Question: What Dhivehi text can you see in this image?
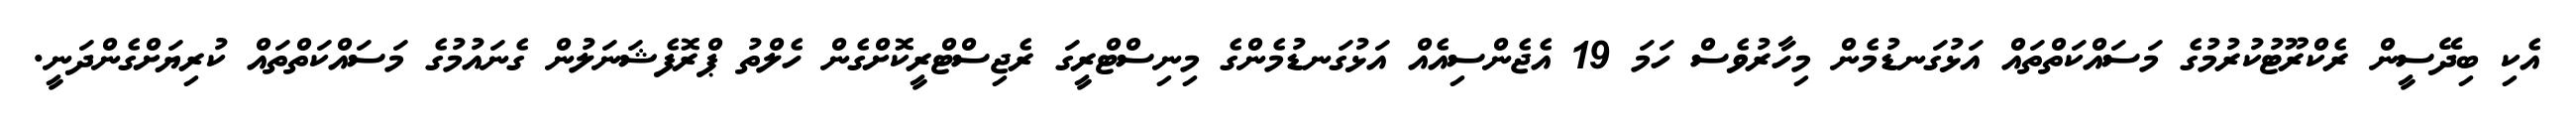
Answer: އެކި ބިދޭސީން ރެކްރޫޓުކުރުމުގެ މަސައްކަތްތައް އަޅުގަނޑުމެން މިހާރުވެސް ހަމަ 19 އެޖެންސިއެއް އަޅުގަނޑުމެންގެ މިނިސްޓްރީގަ ރެޖިސްޓްރީކޮށްގެން ހެލްތު ޕްރޮފެޝަނަލުން ގެނައުމުގެ މަސައްކަތްތައް ކުރިޔަށްގެންދަނީ.